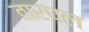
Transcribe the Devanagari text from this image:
तारपल